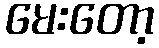
မေးတော့